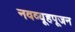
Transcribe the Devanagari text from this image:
नवव्यूहपूजन